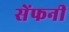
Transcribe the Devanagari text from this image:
सेंफनी